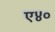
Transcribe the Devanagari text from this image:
ए४०